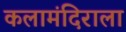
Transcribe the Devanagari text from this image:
कलामंदिराला